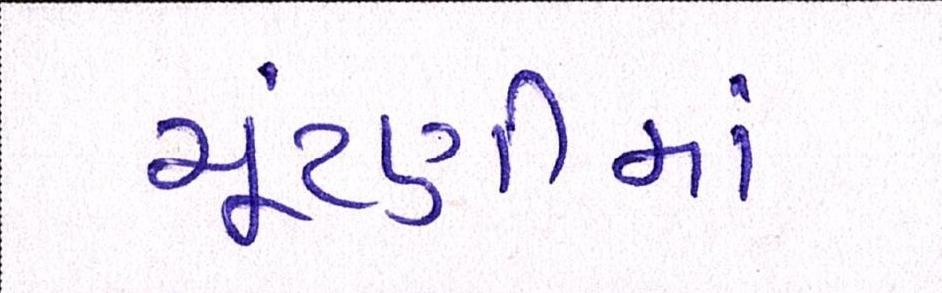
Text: ચૂંટણીમાં